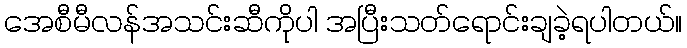
အေစီမီလန်အသင်းဆီကိုပါ အပြီးသတ်ရောင်းချခဲ့ရပါတယ်။